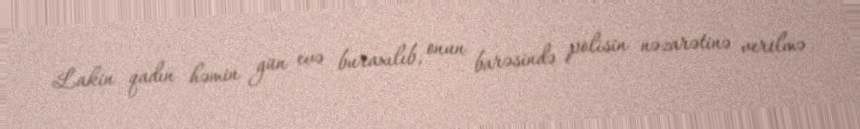
Lakin qadın həmin gün evə buraxılıb, onun barəsində polisin nəzarətinə verilmə